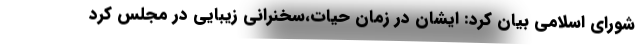
شورای اسلامی بیان کرد: ایشان در زمان حیات،سخنرانی زیبایی در مجلس کرد